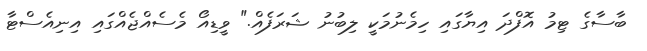
ބާސާގެ ޓިމު އޮފްދަ އިޔާގައި ހިމެނުމަކީ ލިބުނު ޝަރަފެއް." ވީޑިއޯ މެސެއްޖެއްގައި އިނިއެސްޓާ